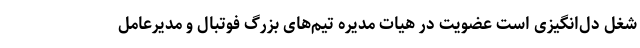
شغل دل‌انگیزی است عضویت در هیات مدیره تیم‌های بزرگ فوتبال و مدیرعامل